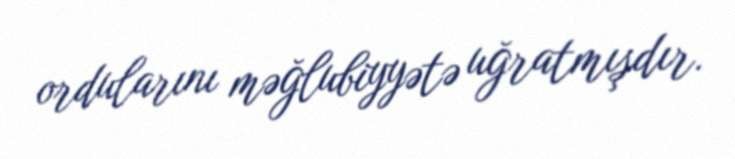
ordularını məğlubiyyətə uğratmışdır.